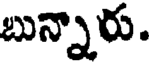
బున్నారు.